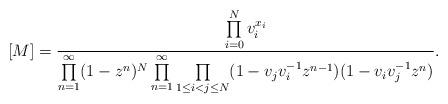
LaTeX: \begin{align*}[M] &= \frac{\prod\limits_{i=0}^N v_i^{x_i}}{ \prod\limits_{n=1}^\infty (1- z^n)^{N} \prod\limits_{n=1}^\infty \prod\limits_{1 \leq i < j \leq N} (1-v_j v_i^{-1} z^{n-1}) (1- v_i v_j^{-1} z^n)}. \end{align*}